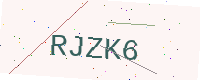
Text: RJZK6